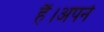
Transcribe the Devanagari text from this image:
हैं।अपने